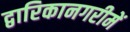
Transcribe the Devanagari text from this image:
द्वारिकानगरीमें